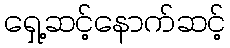
ရှေ့ဆင့်နောက်ဆင့်